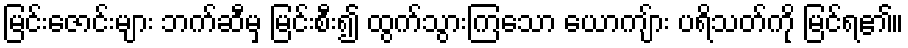
မြင်းဇောင်းများ ဘက်ဆီမှ မြင်းစီး၍ ထွက်သွားကြသော ယောကျ်ား ပရိသတ်ကို မြင်ရ၏။